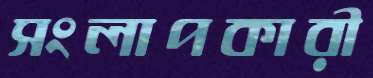
সংলাপকারী